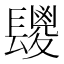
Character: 𮤆